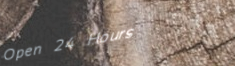
Open 24 Hours